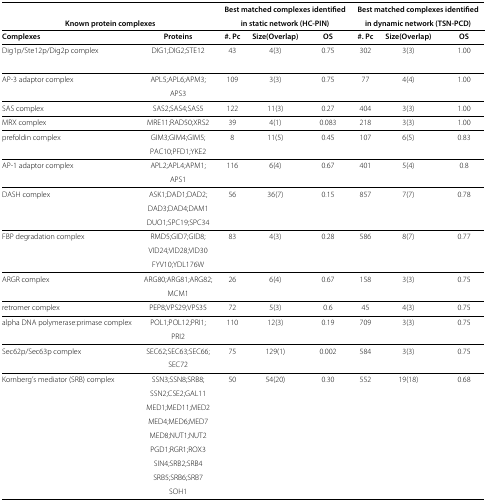
<table><thead><tr><td></td><td></td><td colspan="3"><b>Best matched complexes identified</b></td><td colspan="3"><b>Best matched complexes identified</b></td></tr><tr><td colspan="2"><b>Known protein complexes</b></td><td colspan="3"><b>in static network (HC-PIN)</b></td><td colspan="3"><b>in dynamic network (TSN-PCD)</b></td></tr><tr><td><b>Complexes</b></td><td><b>Proteins</b></td><td><b>#. Pc</b></td><td><b>Size(Overlap)</b></td><td><b>OS</b></td><td><b>#. Pc</b></td><td><b>Size(Overlap)</b></td><td><b>OS</b></td></tr></thead><tbody><tr><td>Dig1p/Ste12p/Dig2p complex</td><td>DIG1;DIG2;STE12</td><td>43</td><td>4(3)</td><td>0.75</td><td>302</td><td>3(3)</td><td>1.00</td></tr><tr><td>AP-3 adaptor complex</td><td>APL5;APL6;APM3;</td><td>109</td><td>3(3)</td><td>0.75</td><td>77</td><td>4(4)</td><td>1.00</td></tr><tr><td></td><td>APS3</td><td></td><td></td><td></td><td></td><td></td><td></td></tr><tr><td>SAS complex</td><td>SAS2;SAS4;SAS5</td><td>122</td><td>11(3)</td><td>0.27</td><td>404</td><td>3(3)</td><td>1.00</td></tr><tr><td>MRX complex</td><td>MRE11;RAD50;XRS2</td><td>39</td><td>4(1)</td><td>0.083</td><td>218</td><td>3(3)</td><td>1.00</td></tr><tr><td>prefoldin complex</td><td>GIM3;GIM4;GIM5;</td><td>8</td><td>11(5)</td><td>0.45</td><td>107</td><td>6(5)</td><td>0.83</td></tr><tr><td></td><td>PAC10;PFD1;YKE2</td><td></td><td></td><td></td><td></td><td></td><td></td></tr><tr><td>AP-1 adaptor complex</td><td>APL2;APL4;APM1;</td><td>116</td><td>6(4)</td><td>0.67</td><td>401</td><td>5(4)</td><td>0.8</td></tr><tr><td></td><td>APS1</td><td></td><td></td><td></td><td></td><td></td><td></td></tr><tr><td>DASH complex</td><td>ASK1;DAD1;DAD2;</td><td>56</td><td>36(7)</td><td>0.15</td><td>857</td><td>7(7)</td><td>0.78</td></tr><tr><td></td><td>DAD3;DAD4;DAM1</td><td></td><td> </td><td></td><td></td><td></td><td></td></tr><tr><td></td><td>DUO1;SPC19;SPC34</td><td></td><td></td><td></td><td></td><td></td><td></td></tr><tr><td>FBP degradation complex</td><td>RMD5;GID7;GID8;</td><td>83</td><td>4(3)</td><td>0.28</td><td>586</td><td>8(7)</td><td>0.77</td></tr><tr><td></td><td>VID24;VID28;VID30</td><td></td><td></td><td></td><td></td><td></td><td></td></tr><tr><td> </td><td>FYV10;YDL176W</td><td> </td><td> </td><td> </td><td> </td><td> </td><td> </td></tr><tr><td>ARGR complex</td><td>ARG80;ARG81;ARG82;</td><td>26</td><td>6(4)</td><td>0.67</td><td>158</td><td>3(3)</td><td>0.75</td></tr><tr><td> </td><td>MCM1</td><td> </td><td> </td><td> </td><td> </td><td> </td><td> </td></tr><tr><td>retromer complex</td><td>PEP8;VPS29;VPS35</td><td>72</td><td>5(3)</td><td>0.6</td><td>45</td><td>4(3)</td><td>0.75</td></tr><tr><td>alpha DNA polymerase:primase complex</td><td>POL1;POL12;PRI1;</td><td>110</td><td>12(3)</td><td>0.19</td><td>709</td><td>3(3)</td><td>0.75</td></tr><tr><td> </td><td>PRI2</td><td> </td><td> </td><td> </td><td> </td><td> </td><td> </td></tr><tr><td>Sec62p/Sec63p complex</td><td>SEC62;SEC63;SEC66;</td><td>75</td><td>129(1)</td><td>0.002</td><td>584</td><td>3(3)</td><td>0.75</td></tr><tr><td> </td><td>SEC72</td><td> </td><td> </td><td> </td><td> </td><td> </td><td> </td></tr><tr><td>Kornberg’s mediator (SRB) complex</td><td>SSN3;SSN8;SRB8;</td><td>50</td><td>54(20)</td><td>0.30</td><td>552</td><td>19(18)</td><td>0.68</td></tr><tr><td></td><td>SSN2;CSE2;GAL11</td><td></td><td></td><td></td><td></td><td></td><td></td></tr><tr><td> </td><td>MED1;MED11;MED2</td><td> </td><td> </td><td> </td><td> </td><td> </td><td> </td></tr><tr><td> </td><td>MED4;MED6;MED7</td><td> </td><td> </td><td> </td><td> </td><td> </td><td> </td></tr><tr><td> </td><td>MED8;NUT1;NUT2</td><td> </td><td> </td><td> </td><td> </td><td> </td><td> </td></tr><tr><td> </td><td>PGD1;RGR1;ROX3</td><td> </td><td> </td><td> </td><td> </td><td> </td><td> </td></tr><tr><td> </td><td>SIN4;SRB2;SRB4</td><td> </td><td> </td><td> </td><td> </td><td> </td><td> </td></tr><tr><td> </td><td>SRB5;SRB6;SRB7</td><td> </td><td> </td><td> </td><td> </td><td> </td><td> </td></tr><tr><td> </td><td>SOH1</td><td> </td><td> </td><td> </td><td> </td><td> </td><td> </td></tr></tbody></table>